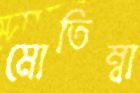
মোতিম্বা